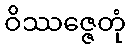
ဝိဿဇ္ဇေတုံ